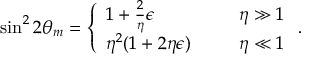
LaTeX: \sin ^ { 2 } 2 \theta _ { m } = \left\{ \begin{array} { l l } { { 1 + \frac { 2 } { \eta } \epsilon \ \ \ \ } } & { { \eta \gg 1 } } \\ { { \eta ^ { 2 } ( 1 + 2 \eta \epsilon ) \ \ \ \ \ } } & { { \eta \ll 1 } } \end{array} \right. .